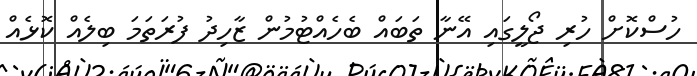
ހުސްކޮށް ހުރި ޖޯލީގައި އޭނާ ތަބައް ބެހެއްޓުމުން ޒާހިދު ފުރަތަމަ ބިލެއް ކޮޅެއް